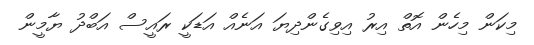
މިކަން މިހެން އޮތް އިރު އިވިގެންދިޔަ އަނެއް އަޑަކީ ރައީސް އަބްދު ޔާމީން